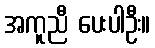
အကူညီ ပေးပါဦး။